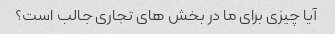
آیا چیزی برای ما در بخش های تجاری جالب است؟